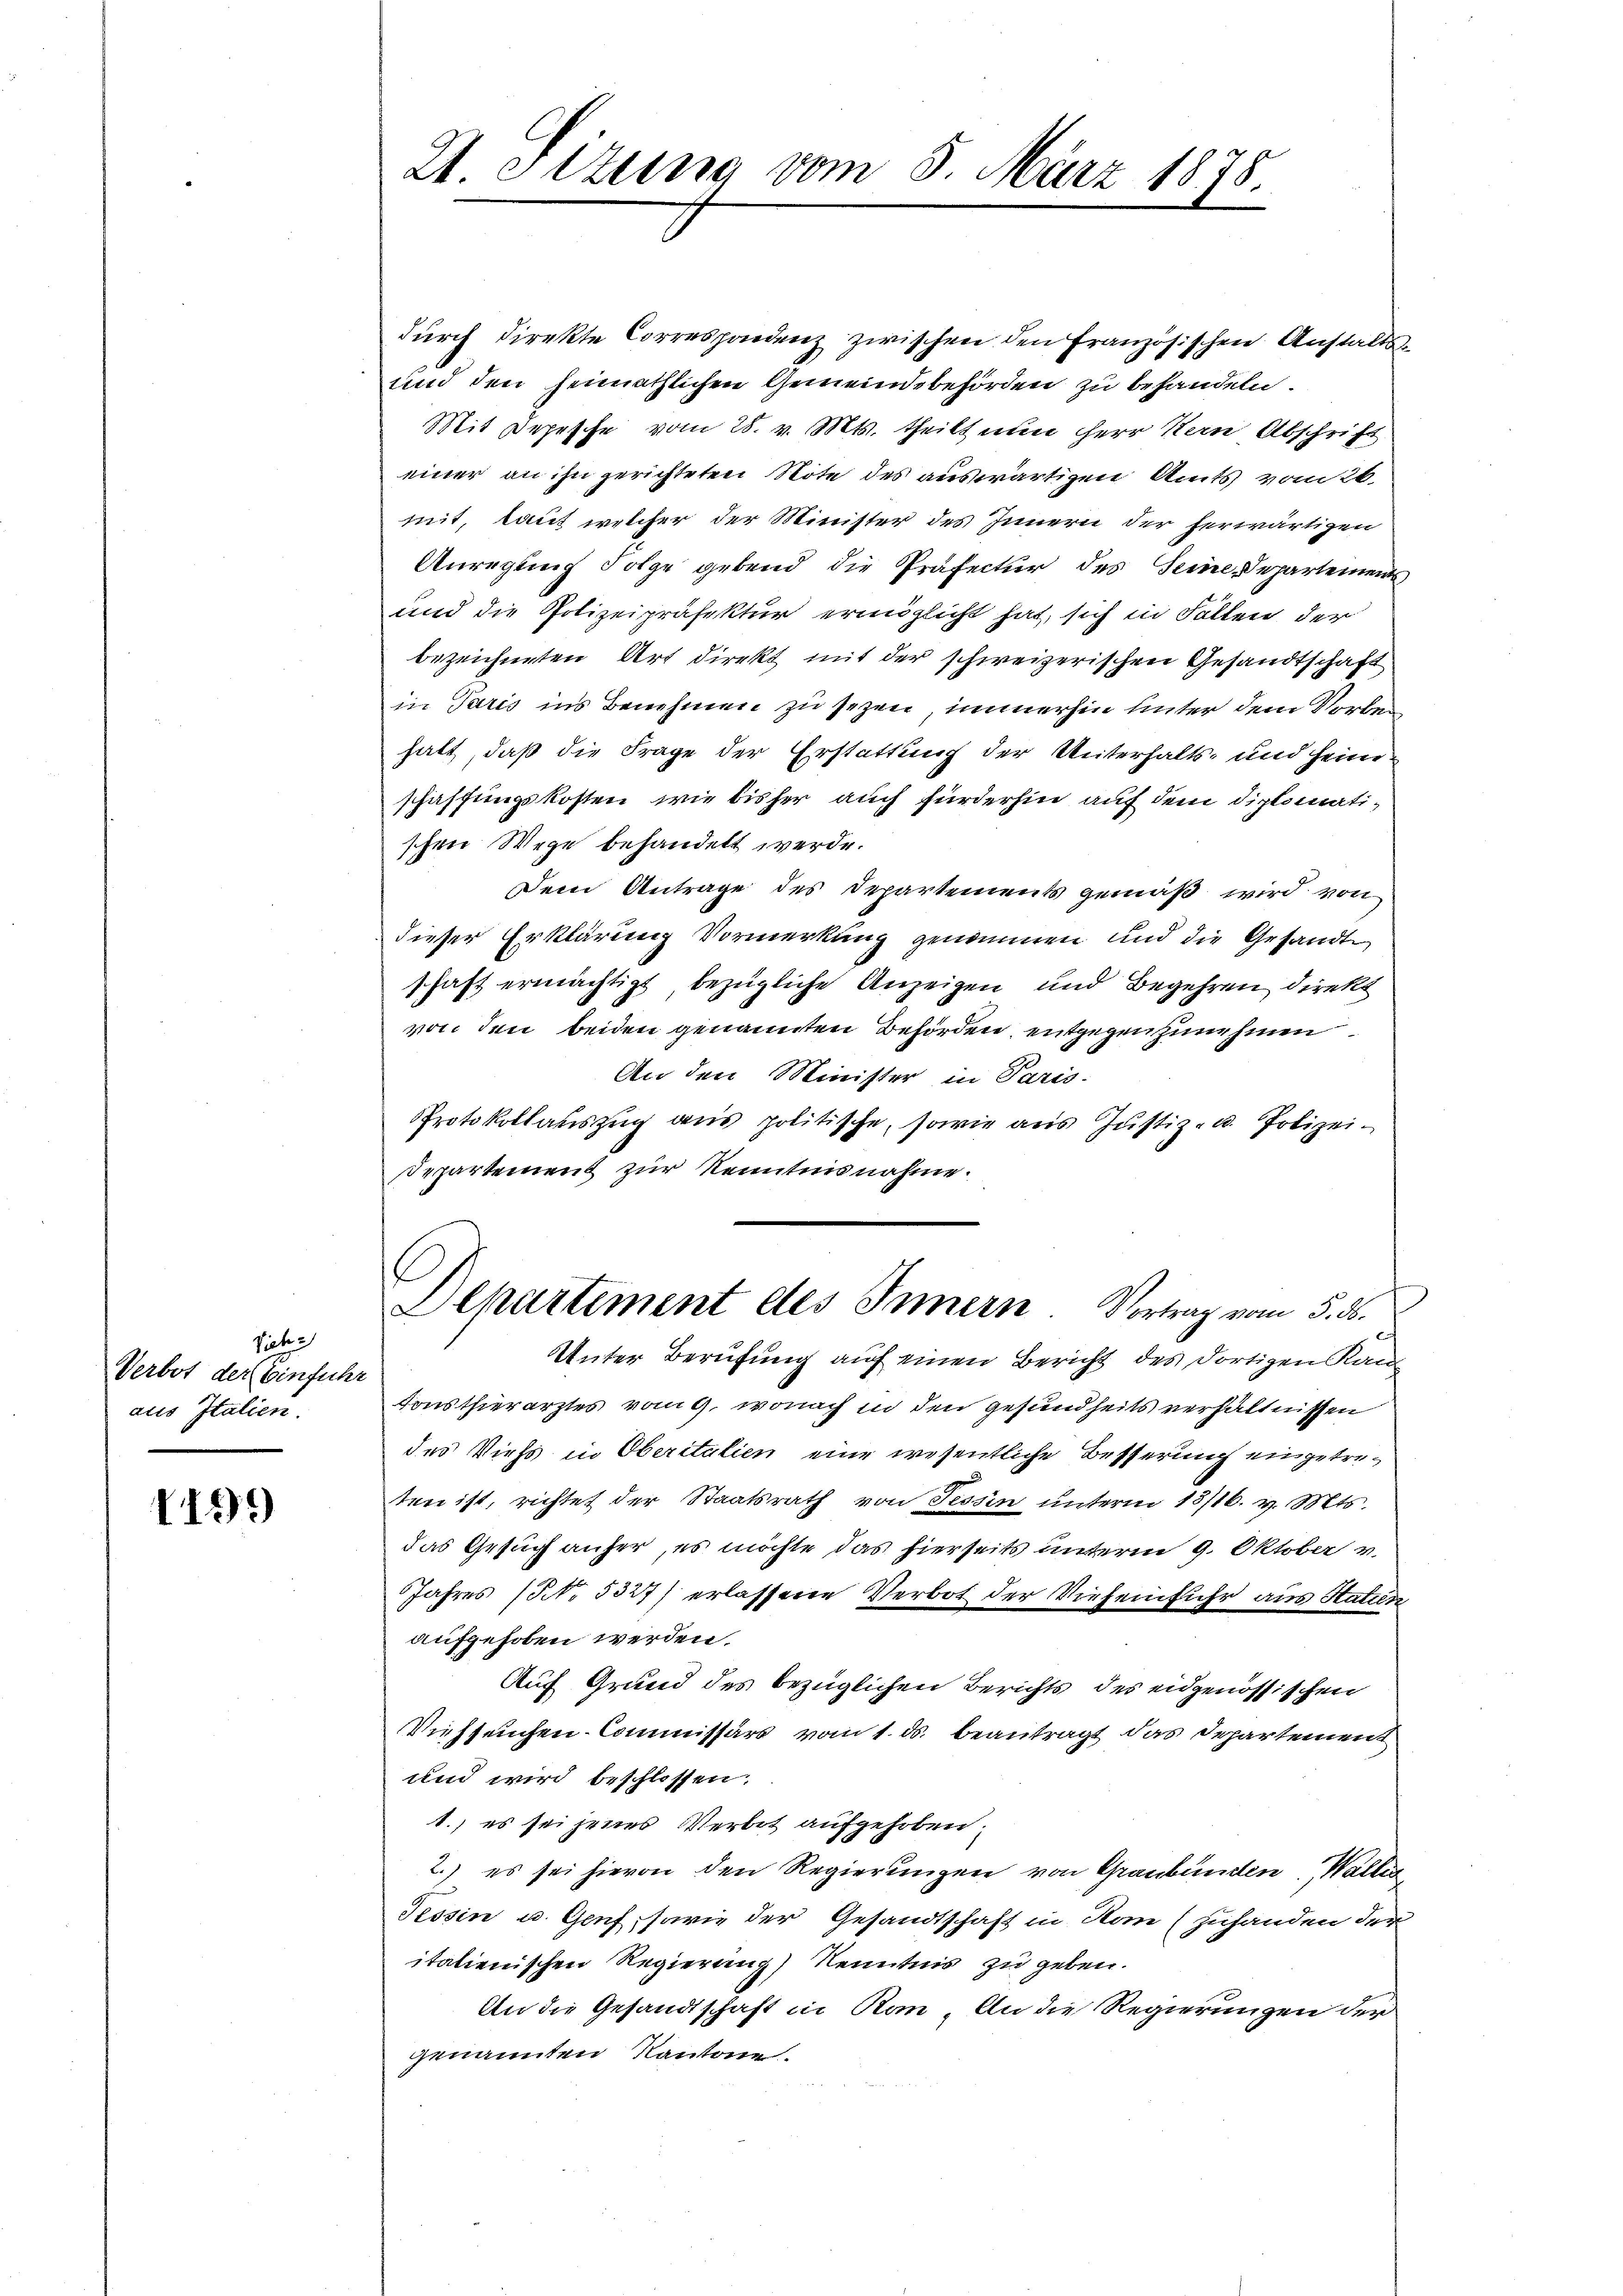
Siche
Verbot der Einführ
aus Italien

1199)

Zt. etzung vom 5. März 1878

durch direkte Correspondenz zwischen den Französischen Anstalts¬
und den heimathlichen Gemeindebehörden zu behandeln.
Mit Depesche vom 28. v. Mts. theilt nun Herr Nein Abschrift
einer an ihn gerichteten Note des auswärtigen Amts vom 26.
mit, laut welcher der Minister des Innern der herwärtigen
Anregung Folge gebend die Präfectur des Seine Departements
und die Polizeipräfektur ermöglicht hat, sich in Fällen der
bezeichneten Art direkt mit der schweizerischen Gesandtschaft
in Paris ins Benehmen zu sezen, immerhin unter dem Vorbehatt, daß die Frage der Erstattung der Unterhalts- und Heim
schaffungskosten, wie bisher auch fürderhin auf dem diplomatischen Wege behandelt werde.
Dein Antrage des Departements gemäß wird von
dieser Erklärung Vormerkung genommen und die Gesandte
schaft ermächtigt bezügliche Anzeigen und Begehren direkt
von den beiden genannten Behörden, entgegenzunehmen
An den Minister in Paris
Protokollauszug aus politische, sowie aus Justiz- u. Polizei.
Departement zur Kenntnisnahme.
Departement des Innern Vortrag vom 5. ds.
Unter Berufung auf einen Bericht des dortigen Kan
Tonsthierarztes vom 9. wonach in den Gesundheits verhältnissen
des Viehs in Oberitalien eine wesentliche Besserung eingetreten ist, richtet der Staatsrath von Tessin unterm 13/16. v. Mts.
das Gesuch anher, es möchte das hierseits unterm 9. Oktober v.
Jahres (NNo. 5327) erlassene Verbot der Vieheinfuhr aus Statun
aufgehoben werden.
Auf Grund des bezüglichen Berichts des eidgenössischen
Viehseuchen-Commissärs vom 1. ds. beantragt das Departement
und wird beschlossen:
1.) es sei jenes Verbot aufgehoben.
) es sei hievon den Regierungen von Graubünden, Wallis
Tessin u. Genf, sowie der Gesandtschaft in Hom (zuhanden der
italienischen Regierung Kenntnis zu geben.
An die Gesandtschaft in Kan. An die Regierungen der
genannten Kantone.